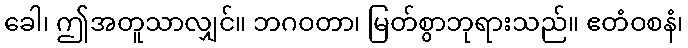
ခေါ၊ ဤအတူသာလျှင်။ ဘဂဝတာ၊ မြတ်စွာဘုရားသည်။ ဧတံဝစနံ၊